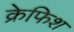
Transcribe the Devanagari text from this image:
क्रेफिश